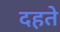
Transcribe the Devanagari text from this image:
दहते